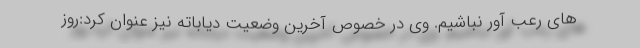
های رعب آور نباشیم. وی در خصوص آخرین وضعیت دیاباته نیز عنوان کرد:روز